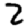
Digit: 2